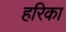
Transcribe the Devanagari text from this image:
हरिका